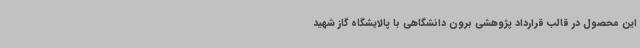
این محصول در قالب قرارداد پژوهشی برون دانشگاهی با پالایشگاه گاز شهید